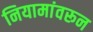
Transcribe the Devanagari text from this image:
नियामांवरून